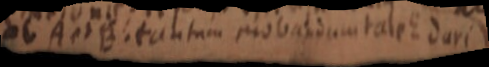
ab A et B. tantum mobandum tale E dari